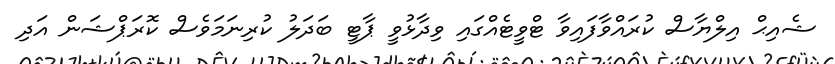
ޝެއިޙް އިލްޔާސް ކުރައްވާފައިވާ ޓްވީޓެއްގައި ވިދާޅުވީ ޕާޓީ ބަދަލު ކުރިނަމަވެސް ކޮރަޕްޝަން އަދި